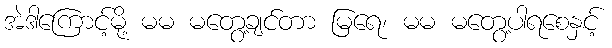
အဲဒါကြောင့်မို့ မမ မတွေ့ချင်တာ မြရေ၊ မမ မတွေ့ပါရစေနှင့်